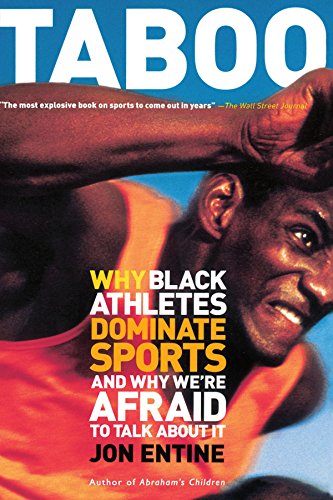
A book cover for Taboo: Why Black Athletes Dominate Sports And Why We're Afraid To Talk About It; Jon Entine; Sports & Outdoors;